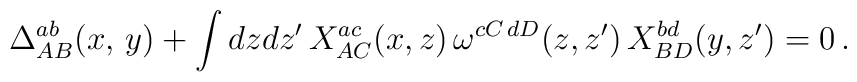
\Delta_{AB}^{ab}(x,\,y)+\int dzdz^\prime\,X_{AC}^{ac}(x,z)\,\omega^{cC\,dD}(z,z^\prime)\,X_{BD}^{bd}(y,z^\prime)=0\,.